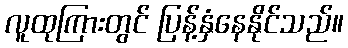
လူထုကြားတွင် ပြန့်နှံနေနိုင်သည်။